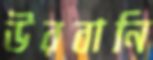
উরবানি